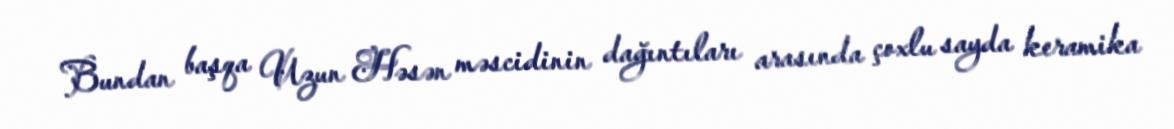
Bundan başqa Uzun Həsən məscidinin dağıntıları arasında çoxlu sayda keramika